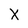
Character: X